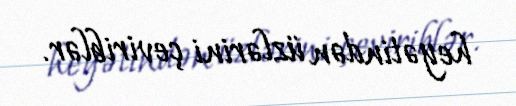
heyətindən üzlərini çeviriblər.